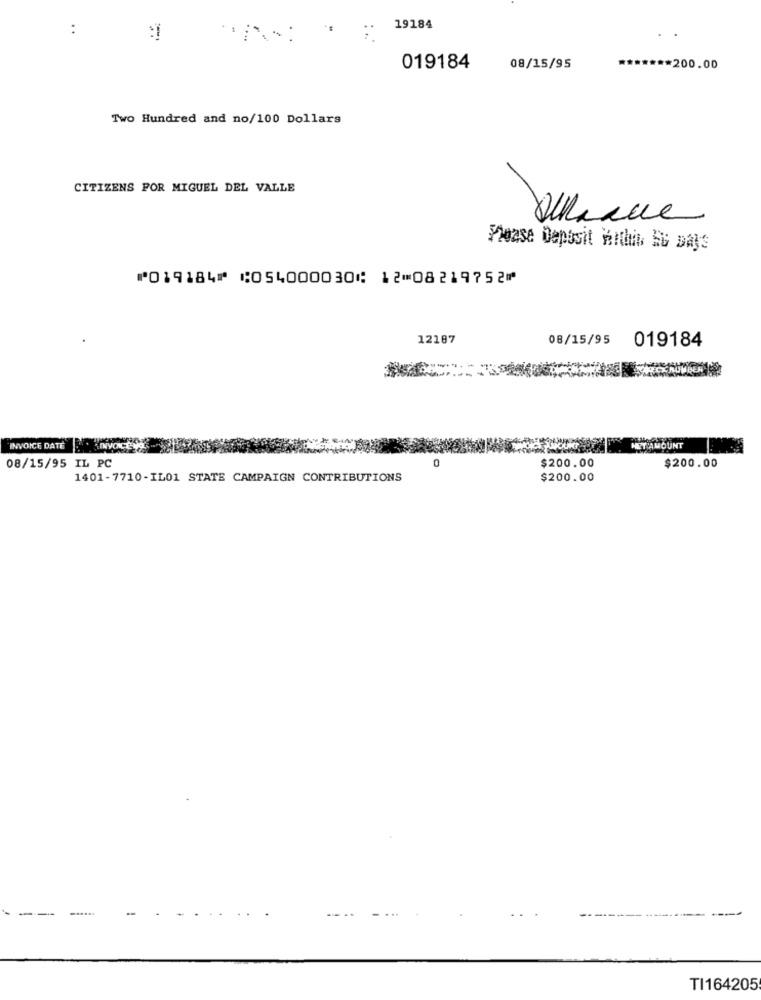
:
19184
019184
08/15/95
******* 200.00
Two Hundred and no/100 Dollars
CITIZENS POR MIGUEL DEL VALLE
Please Deposit Within Eu Bajs
⑈019184⑈ ⑆054000030⑆ 12⑉08219752⑈
12187
08/15/95
019184
INVOICE DATE
TAMOUNT
$200.00
08/15/95 IL PC
0
$200.00
1401-7710-IL01 STATE CAMPAIGN CONTRIBUTIONS
$200.00
------
TI164205